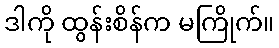
ဒါကို ထွန်းစိန်က မကြိုက်။